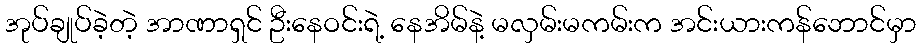
အုပ်ချုပ်ခဲ့တဲ့ အာဏာရှင် ဦးနေဝင်းရဲ့ နေအိမ်နဲ့ မလှမ်းမကမ်းက အင်းယားကန်ဘောင်မှာ